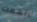
اتهمت